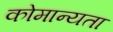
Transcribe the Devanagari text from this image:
कोमान्यता